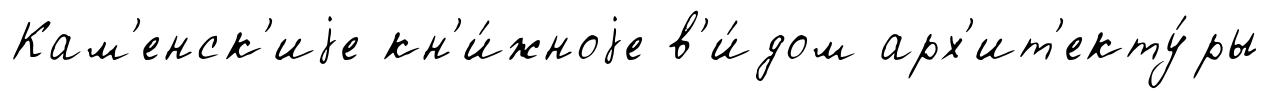
Кам'енск'иjе кн'и́жноjе в'и́дом арх'ит'екту́ры